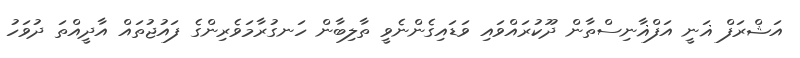
އަޝްރަފް ޣަނީ އަފްޣާނިސްތާން ދޫކުރައްވައި ވަޑައިގެންނެވީ ތާލިބާން ހަނގުރާމަވެރިންގެ ފައުޖުތައް އާދީއްތަ ދުވަހު